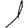
Digit: 1